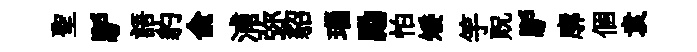
聖馿語豹兪浦弥貂瑙勵怕矮竽貺馿廓個袁